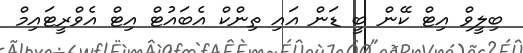
ބިލީވް އިޓް ކޭން ބީ ޑަން އައި ތިންކް އެބައުޓް އިޓް އެވްރީޓައިމް